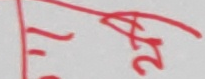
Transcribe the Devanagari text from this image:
२५